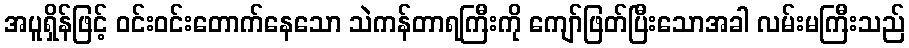
အပူရှိန်ဖြင့် ဝင်းဝင်းတောက်နေသော သဲကန်တာရကြီးကို ကျော်ဖြတ်ပြီးသောအခါ လမ်းမကြီးသည်